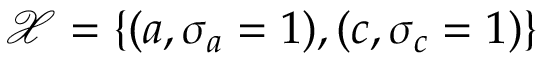
\mathcal { X } = \{ ( a , \sigma _ { a } = 1 ) , ( c , \sigma _ { c } = 1 ) \}